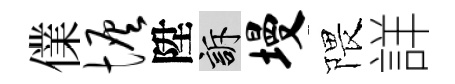
㒒恢陞訴墁隈詳